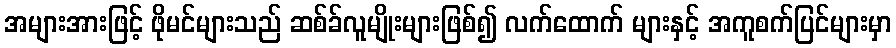
အများအားဖြင့် ဖိုမင်များသည် ဆစ်ခ်လူမျိုးများဖြစ်၍ လက်ထောက် များနှင့် အကူစက်ပြင်များမှာ